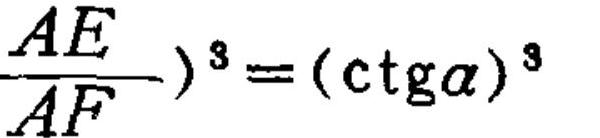
\((\frac{AE}{AF})^{3}=(\mathrm{ctg}\alpha)^{3}\)